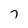
Character: 7